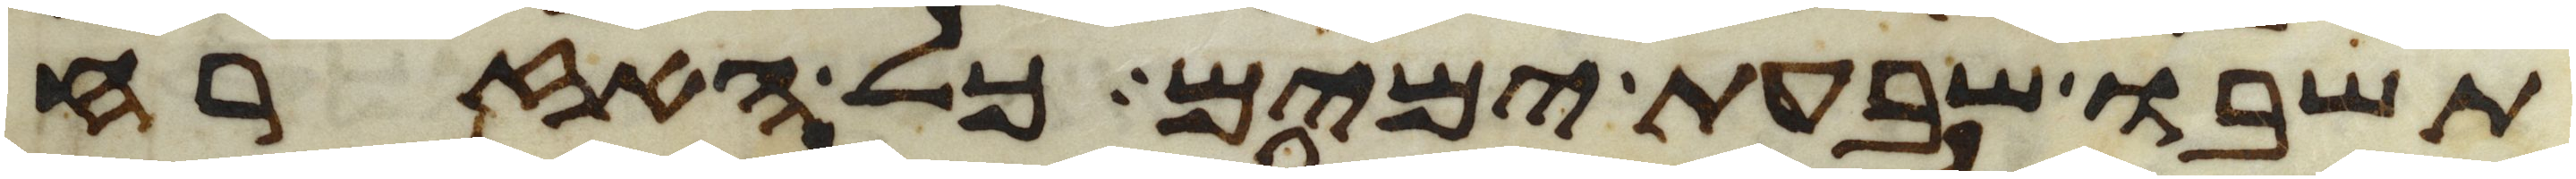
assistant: תשבו שבעת ימים כל האזרח